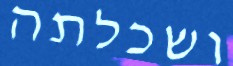
ושכלתה